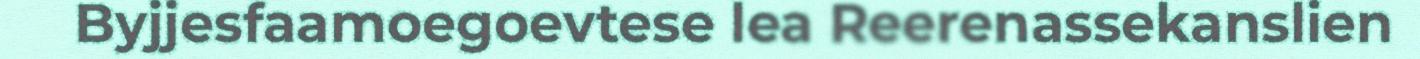
Byjjesfaamoegoevtese lea Reerenassekanslien